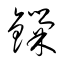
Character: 鏁